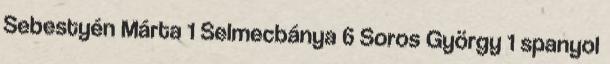
Sebestyén Márta 1 Selmecbánya 6 Soros György 1 spanyol